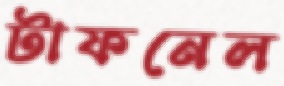
টাফনেল